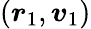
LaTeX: (\boldsymbol{r}_{1},\boldsymbol{v}_{1})